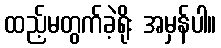
ထည့်မတွက်ခဲ့ရိုး အမှန်ပါ။